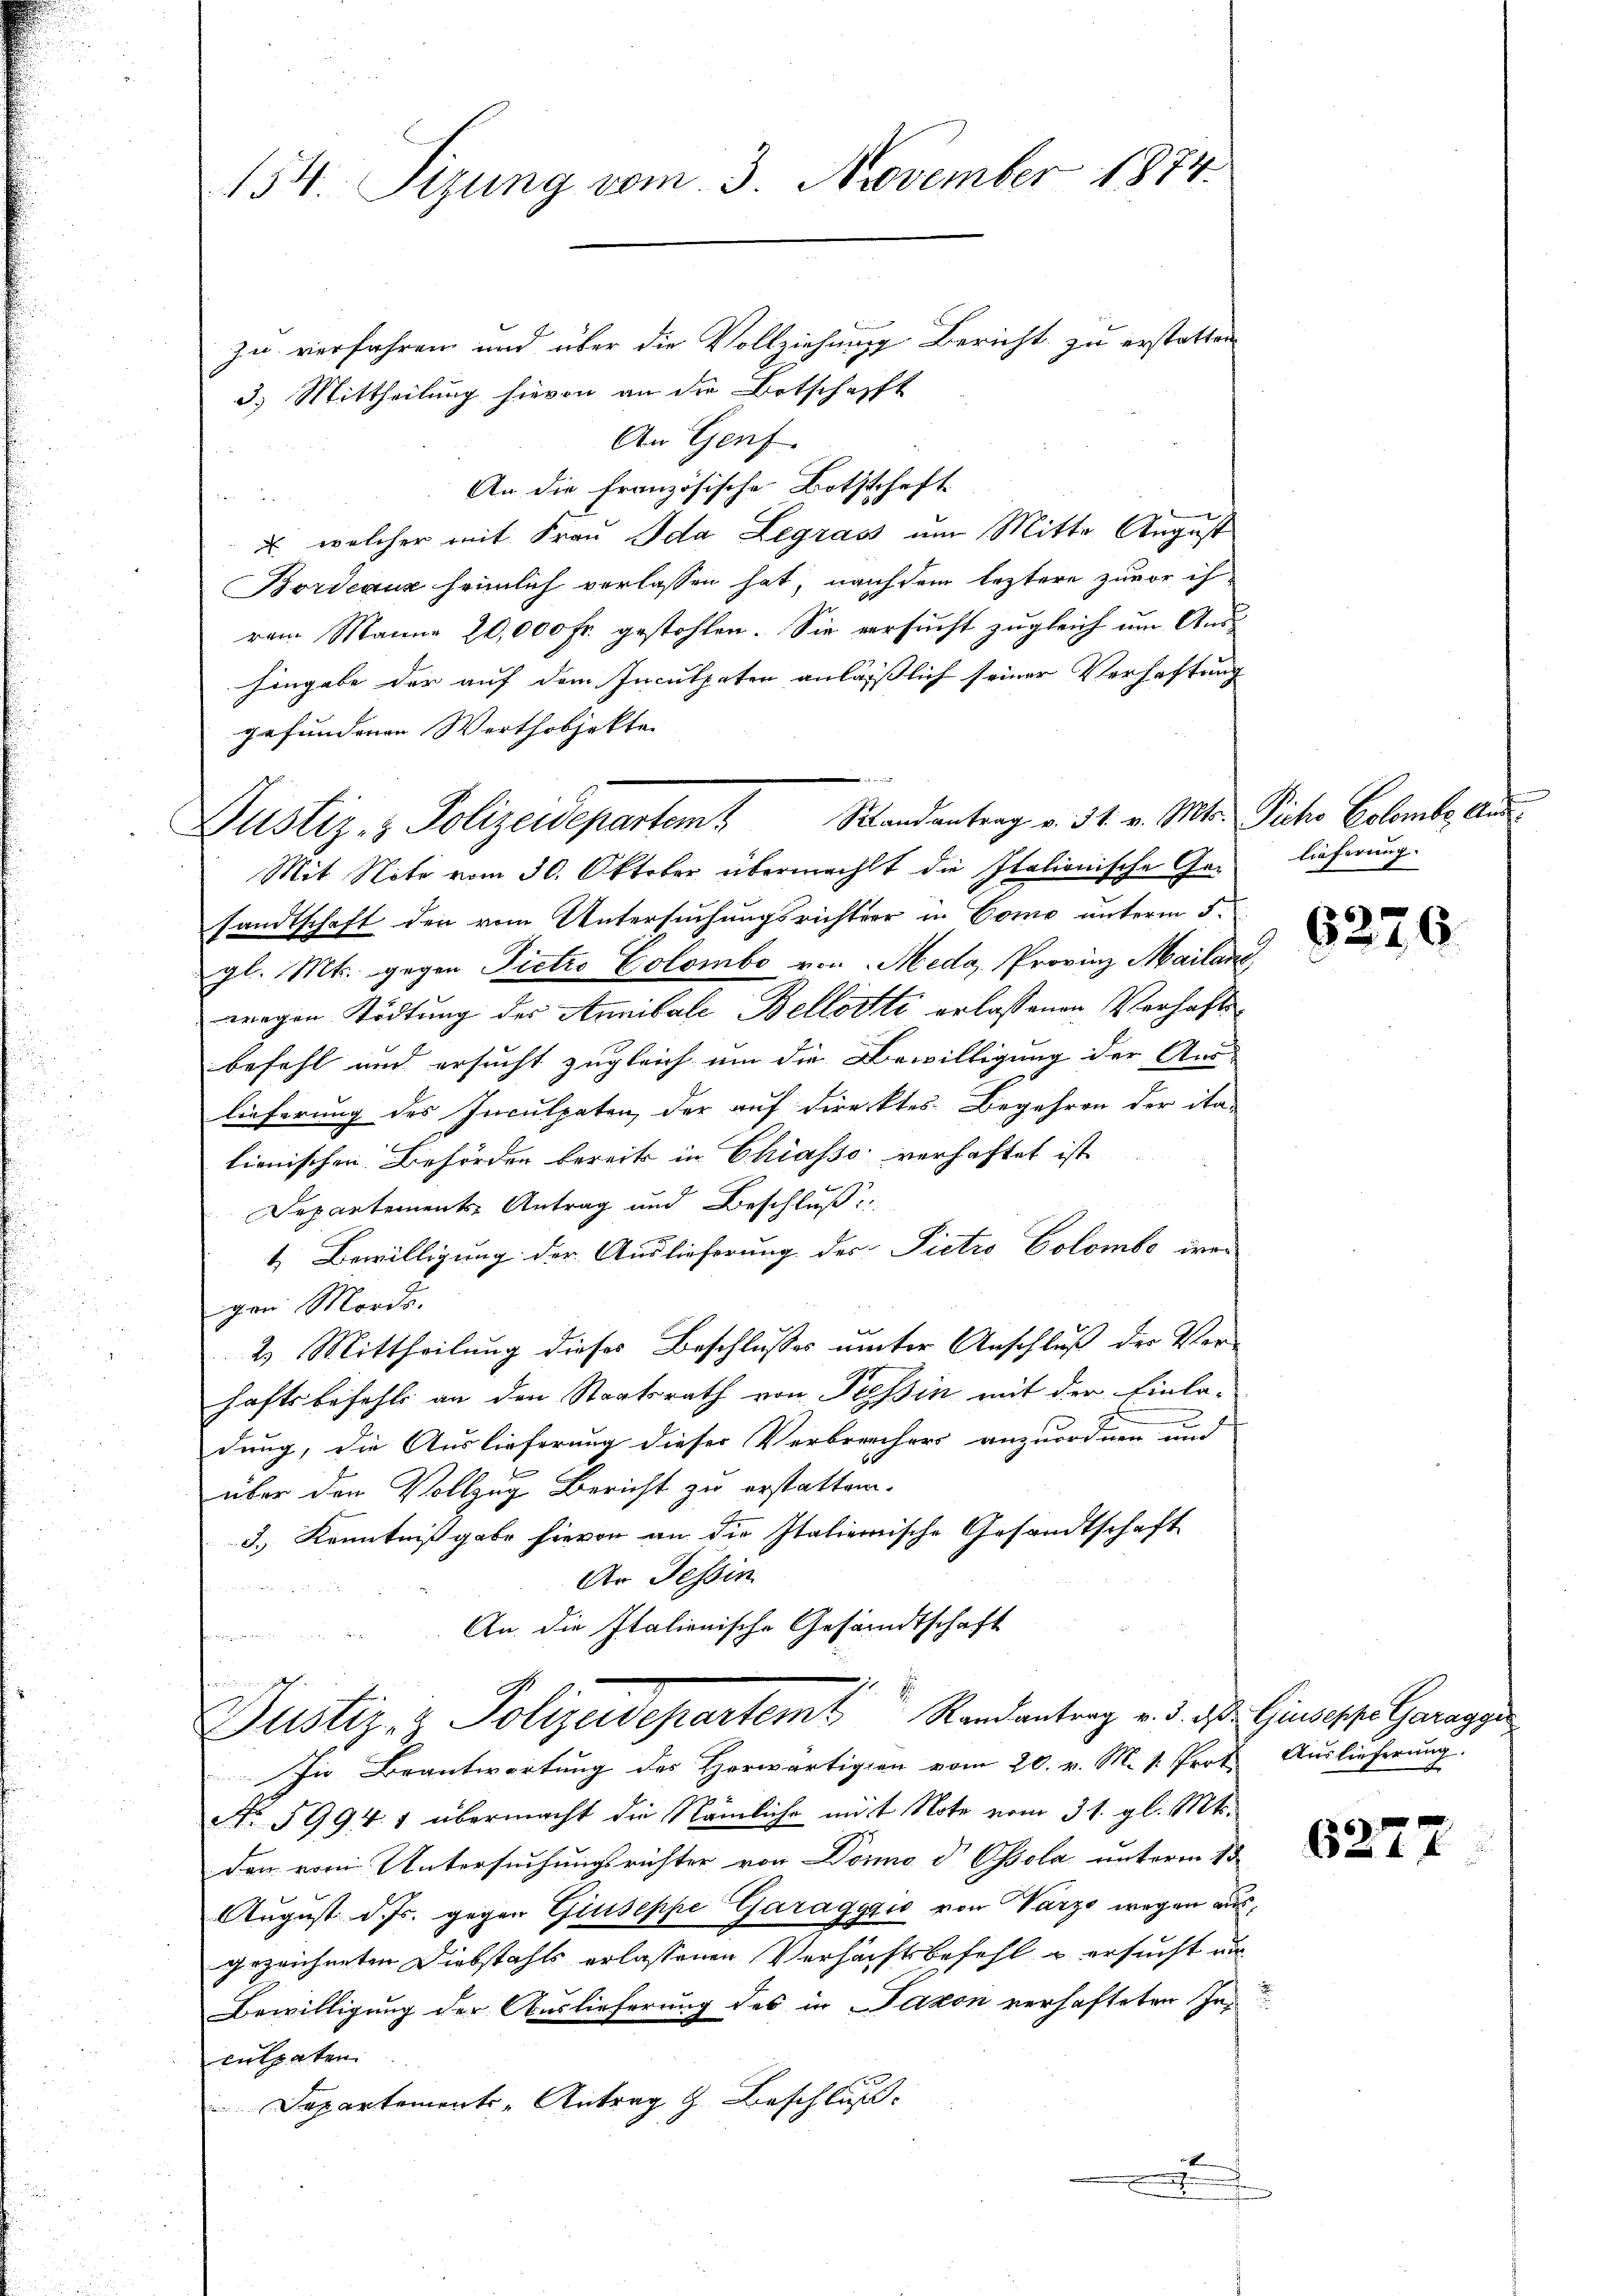
154. Sizung vom 3. November 1874.

zu verfahren und über die Vollziehung Bericht zu erstatten
3.) Mittheilung hievon an die Botschafft
An Genf.
An die französische Bothschaft
u
. welcher mit Frau Ida Legras um Mitte August
Bordeaux heimlich verlassen hat, nach dem leztere zuvor ih
rem Manne 20,000 Fr. gestohlen. Sie versucht zugleich um Aushingabe der auf dem Inculpaten anlässlich seiner Verhaftung
gefundenen Werthobjekte
e
Mit Note vom 30. Oktober übermacht die Italionische Gesandtschaft der vom Untersuchungsrichter in Como unterm 5.
gl. Mt. gegen Pietro Colombe von Meda, Provinz Mailand,
wegen Tödtung der Annibale Bellotte erlassenen Verhaftsbefehl und ersucht zugleich um die Bewilligung der Aus-
lieferung des Inculpaten, der auf Direktes Begehren der ita-
lionischen Behörden bereits in Chiasso verhaftet ist
Departements Antrag und Beschluß
1. Bewilligung der Auslieferung des Pietro Colombe irer
gen Mords.
2. Mittheilung dieses Beschlusses unter Anschluß der Ver-
haftsbefehls an den Staatsrath von Pressin mit der Einla-
dung, die Auslieferung dieser Verbrechers anzuordnen und
über den Vollzug Bericht zu erstatten.
3.) Kenntnißgabe hievon an die Italienische Gesandtschaft
An Tessin

An die Italienische Gesandtschaft
te
.
Justiz- & Polizeidepartemt Randantrag v. d. d. Giuseppe Garan
In Beantwortung des Herwärtigen vom 20. v. M. v. Prot. Auslieferung.
No 5994. 1 übermacht die Nämliche mit Note vom 31. gl. Mts.
den vom Untersuchungsrichter von Dönno d Ohsola unterm 15
August d. Js. gegen Giuseppe Garaggio von Varzo wegen aus,
gezeichneten Diebstahls erlassenen Verhächtsbefehl u ersucht un
Bewilligung der Auslieferung des in Paron verhafteten Inculpaten.
Departements-Antrag z. Beschluß
.

Justiz- & Polizeidepartem Randantrag v. 31. v. Mts. Picho Colombe ein

lieferung.

6276

627